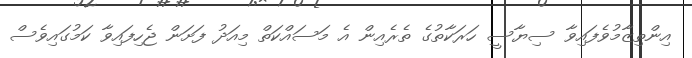
އިންތިޒާމުވެފައިވާ ސިޔާސީ ހަރަކާތުގެ ތެރެއިން އެ މަސައްކަތް މިއަދު ފަށަން ޖެހިފައިވާ ކަމުގައިވެސް